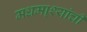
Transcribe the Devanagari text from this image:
मधमा्श्यांची